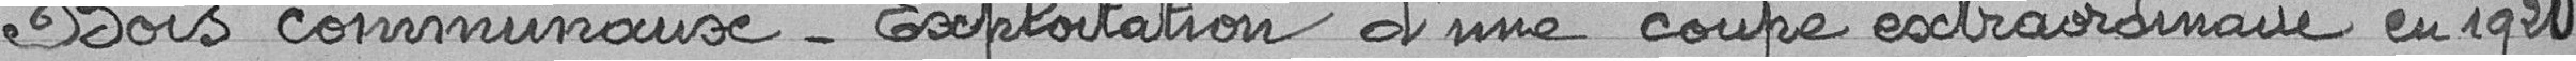
Bois communaux - Exploitation d'une coupe extraordinaire en 1920